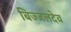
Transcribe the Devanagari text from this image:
बिज्जलदेव